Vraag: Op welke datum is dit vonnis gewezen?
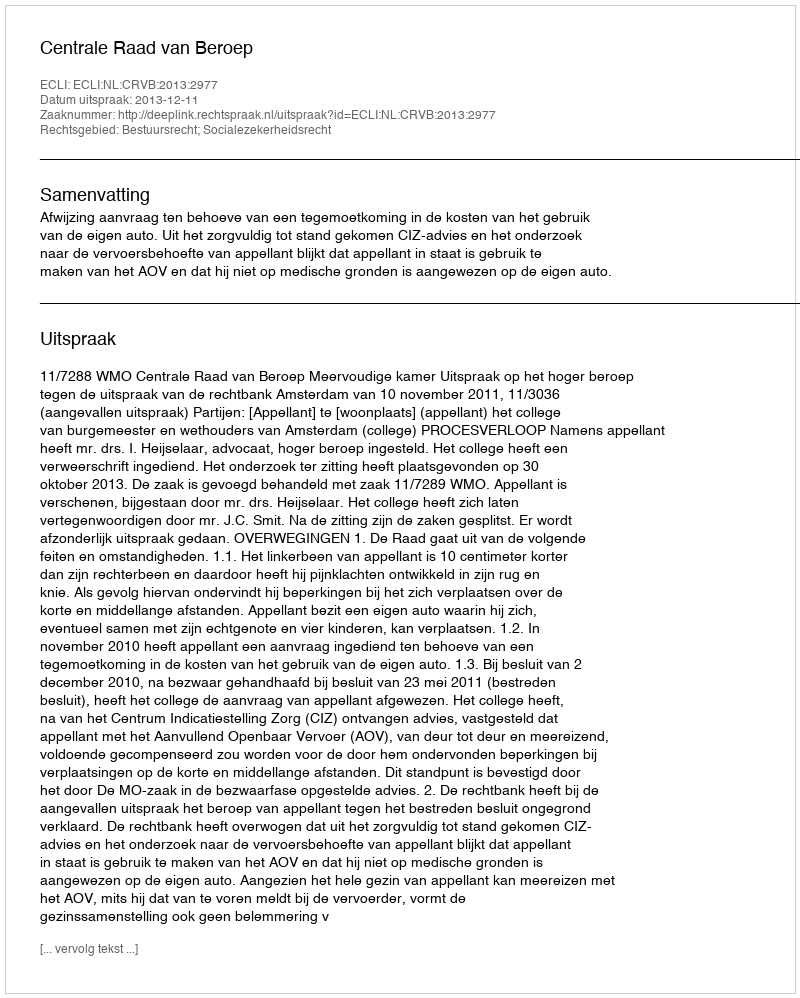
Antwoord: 2013-12-11